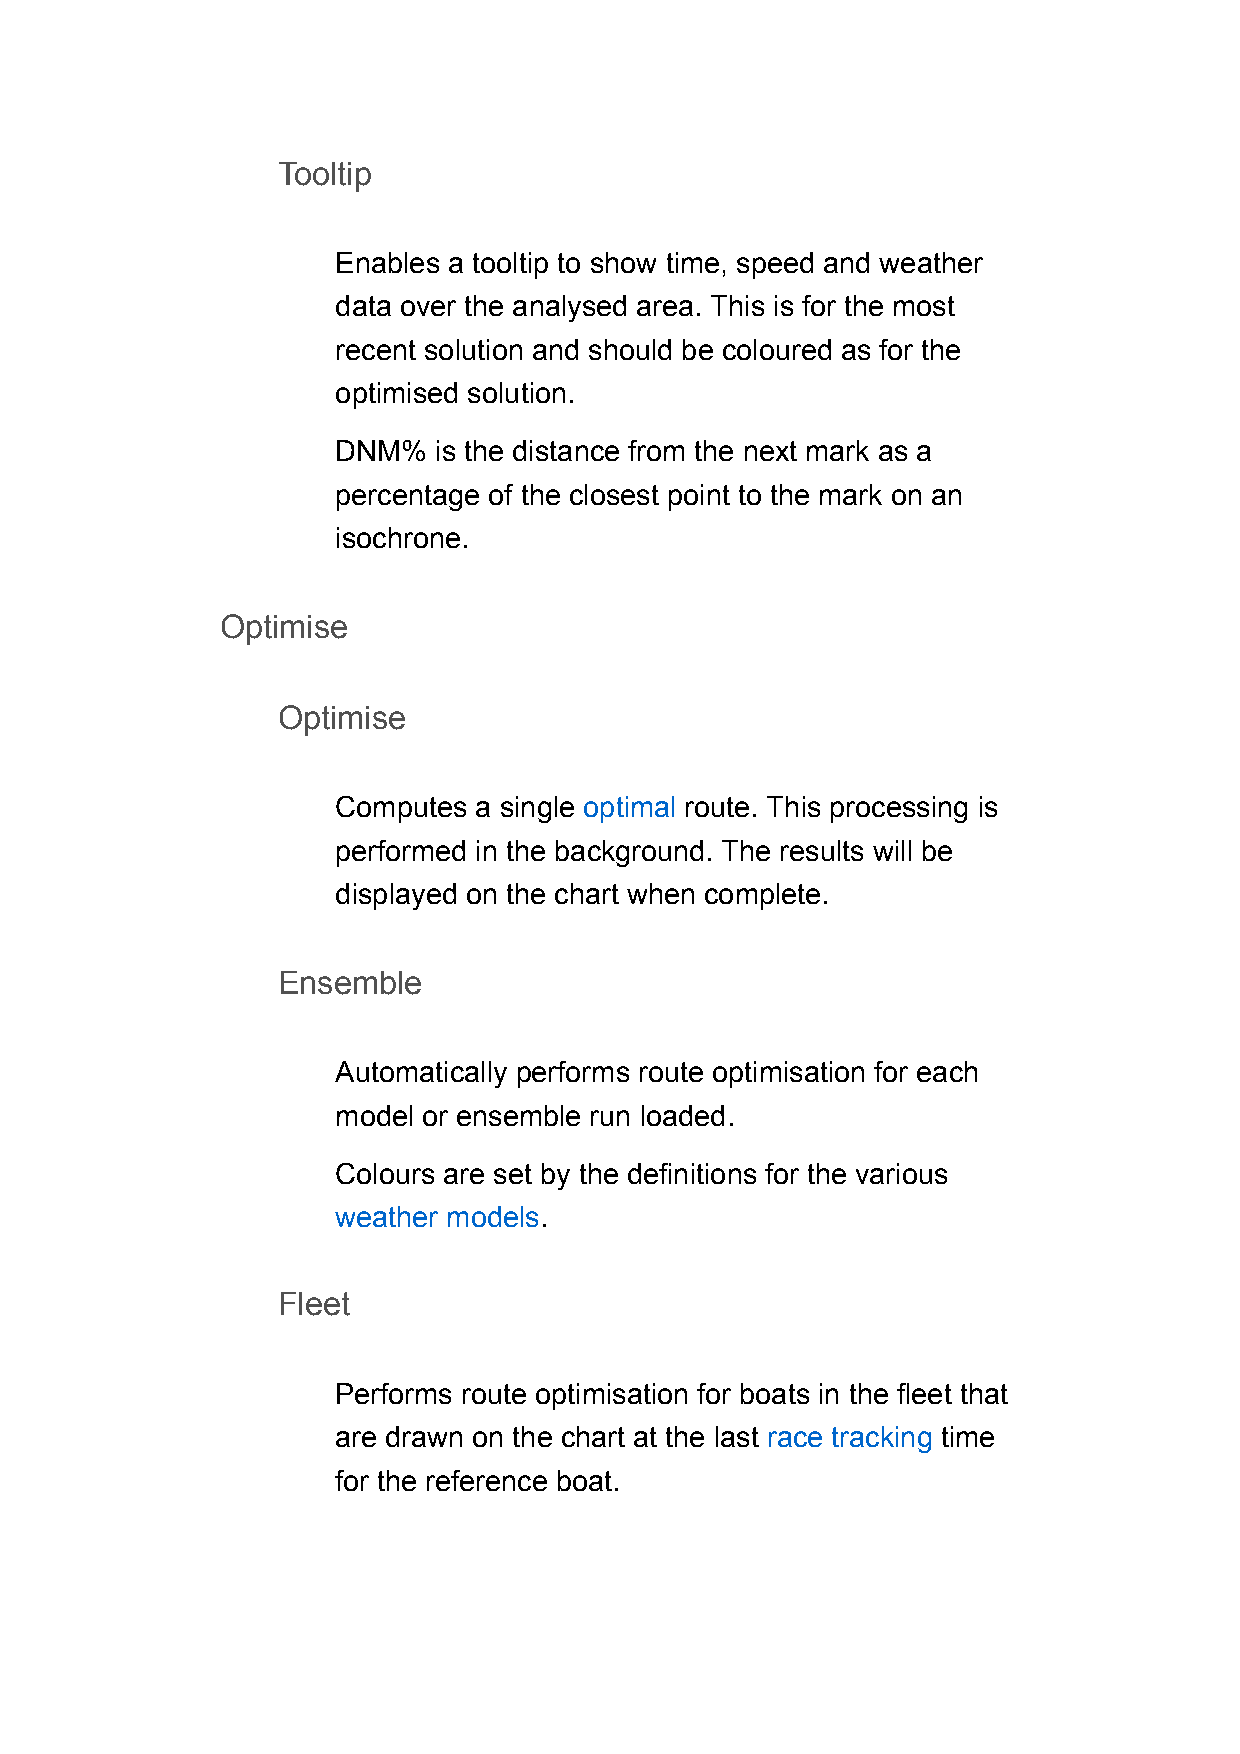
Tooltip
 Enables a tooltip to show time, speed and weather
 data over the analysed area. This is for the most
 recent solution and should be coloured as for the
 optimised solution.
 DNM%   is the distance from the next mark as a
 percentage of the closest point to the mark on an
 isochrone.
 Optimise
 Optimise
 Computes a single optimal route. This processing is
 performed in the background. The results will be
 displayed on the chart when complete.
 Ensemble
 Automatically performs route optimisation for each
 model or ensemble run loaded.
 Colours are set by the definitions for the various
 weather models.
 Fleet
 Performs route optimisation for boats in the fleet that
 are drawn on the chart at the last race tracking time
 for the reference boat.